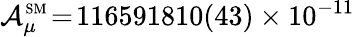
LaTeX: \mathcal{A}_{\mu}^{\scriptscriptstyle\mathrm{{SM}}}\! =\! 116591810(43)\times10^{-11}